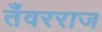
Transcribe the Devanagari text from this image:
तँवरराज